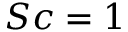
S c = 1